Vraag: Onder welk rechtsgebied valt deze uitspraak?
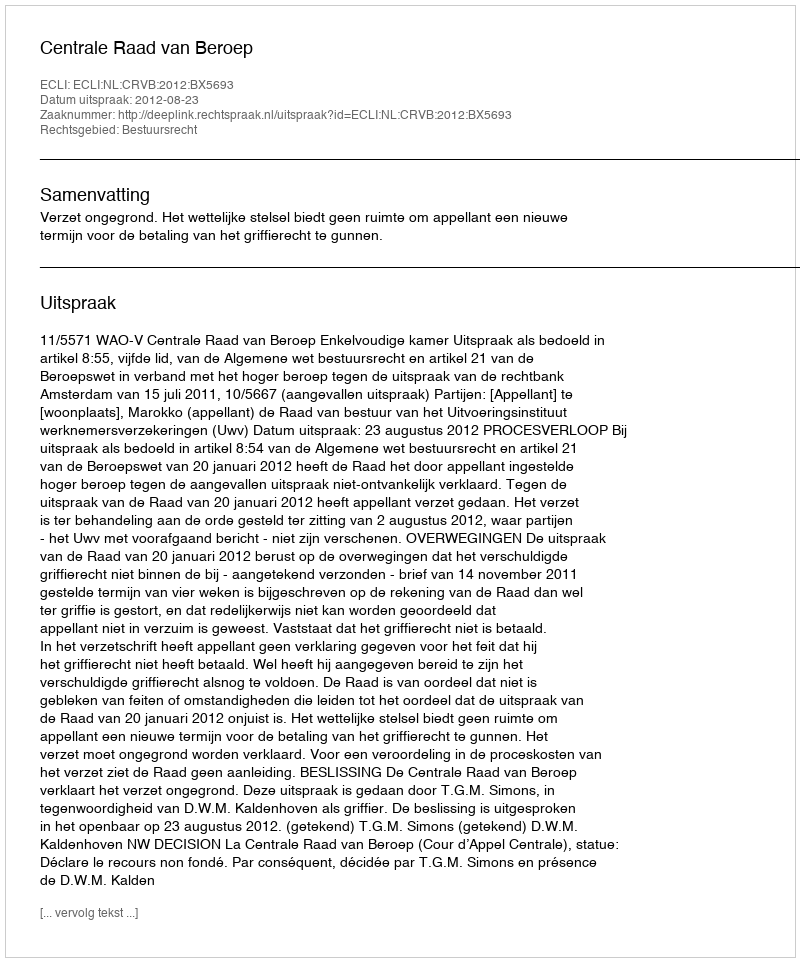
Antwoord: Bestuursrecht